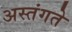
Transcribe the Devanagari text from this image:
अस्तंगते